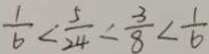
\frac { 1 } { 6 } < \frac { 5 } { 2 4 } < \frac { 3 } { 8 } < \frac { 1 } { 6 }